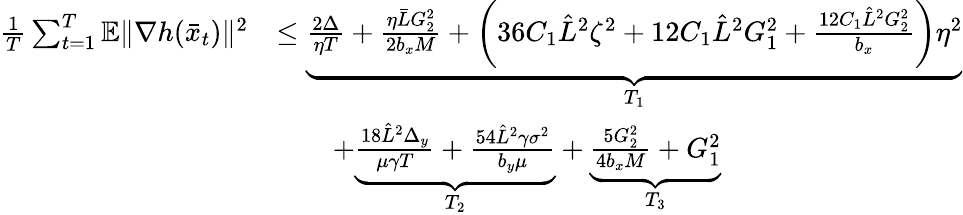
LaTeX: \begin{array}{rl}{\frac{1}{T}\sum_{t=1}^{T}\mathbb{E}\| \nabla h(\bar{x}_{t})\| ^{2}}&{\leq\underbrace{\frac{2\Delta}{\eta T}+\frac{\eta\bar{L}G_{2}^{2}}{2b_{x}M}+\left(36C_{1}\hat{L}^{2}\zeta^{2}+12C_{1}\hat{L}^{2}G_{1}^{2}+\frac{12C_{1}\hat{L}^{2}G_{2}^{2}}{b_{x}}\right)\eta^{2}}_{T_{1}}}\\ &{\qquad+\underbrace{\frac{18\hat{L}^{2}\Delta_{y}}{\mu\gamma T}+\frac{54\hat{L}^{2}\gamma\sigma^{2}}{b_{y}\mu}}_{T_{2}}+\underbrace{\frac{5G_{2}^{2}}{4b_{x}M}+G_{1}^{2}}_{T_{3}}}\end{array}